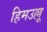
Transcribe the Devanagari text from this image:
हिमउल्लू